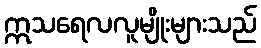
ဣသရေလလူမျိုးများသည်